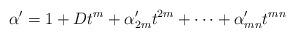
LaTeX: \begin{align*}\alpha' = 1+Dt^m+\alpha_{2m}'t^{2m}+\cdots +\alpha_{mn}'t^{mn}\end{align*}